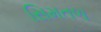
સિમતળ